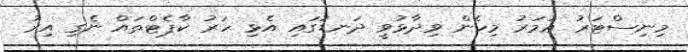
މިނިސްޓަރު ޢުމަރު މިހެން ވިދާޅުވީ ދަނޑުގައި އެޅި ހަރު ކާޕެޓްތައް ނެގި އިރު